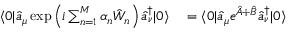
\begin{array} { r l } { \langle 0 | \hat { a } _ { \mu } \exp \left( i \sum _ { n = 1 } ^ { M } \alpha _ { n } \hat { W } _ { n } \right) \hat { a } _ { \nu } ^ { \dagger } | 0 \rangle } & { { } = \langle 0 | \hat { a } _ { \mu } e ^ { \hat { A } + \hat { B } } \hat { a } _ { \nu } ^ { \dagger } | 0 \rangle } \end{array}